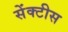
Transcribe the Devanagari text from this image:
सेंक्टीस